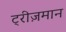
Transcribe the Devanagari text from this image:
ट्रीज़मान